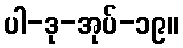
ပါ-ဒု-အုပ်-၁၉။